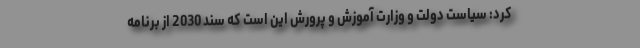
کرد: سیاست دولت و وزارت آموزش و پرورش این است که سند 2030 از برنامه